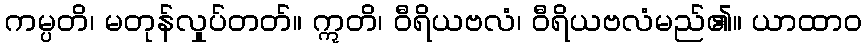
ကမ္ပတိ၊ မတုန်လှုပ်တတ်။ ဣတိ၊ ဝီရိယဗလံ၊ ဝီရိယဗလံမည်၏။ ယာထာဝ